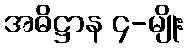
အဓိဋ္ဌာန ၄-မျိုး